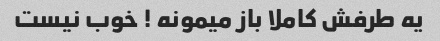
یه طرفش کاملا باز میمونه ! خوب نیست